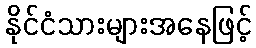
နိုင်ငံသားများအနေဖြင့်